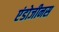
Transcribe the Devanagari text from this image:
एंडोजीनस